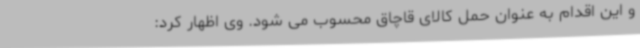
و این اقدام به عنوان حمل کالای قاچاق محسوب می شود. وی اظهار کرد: